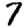
Digit: 7